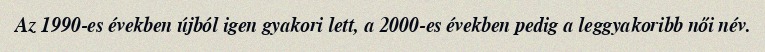
Az 1990-es években újból igen gyakori lett, a 2000-es években pedig a leggyakoribb női név.